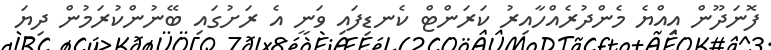
ފޮނަދޫން އިއްޔެ މެންދުރެއްހާއިރު ކަރަންޓް ކެނޑިފައި ވަނީ އެ ރަށުގައި ބޭނުންކުރަމުން ދިޔަ